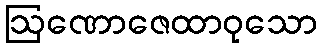
ဩဏောဇေထာဝုသော